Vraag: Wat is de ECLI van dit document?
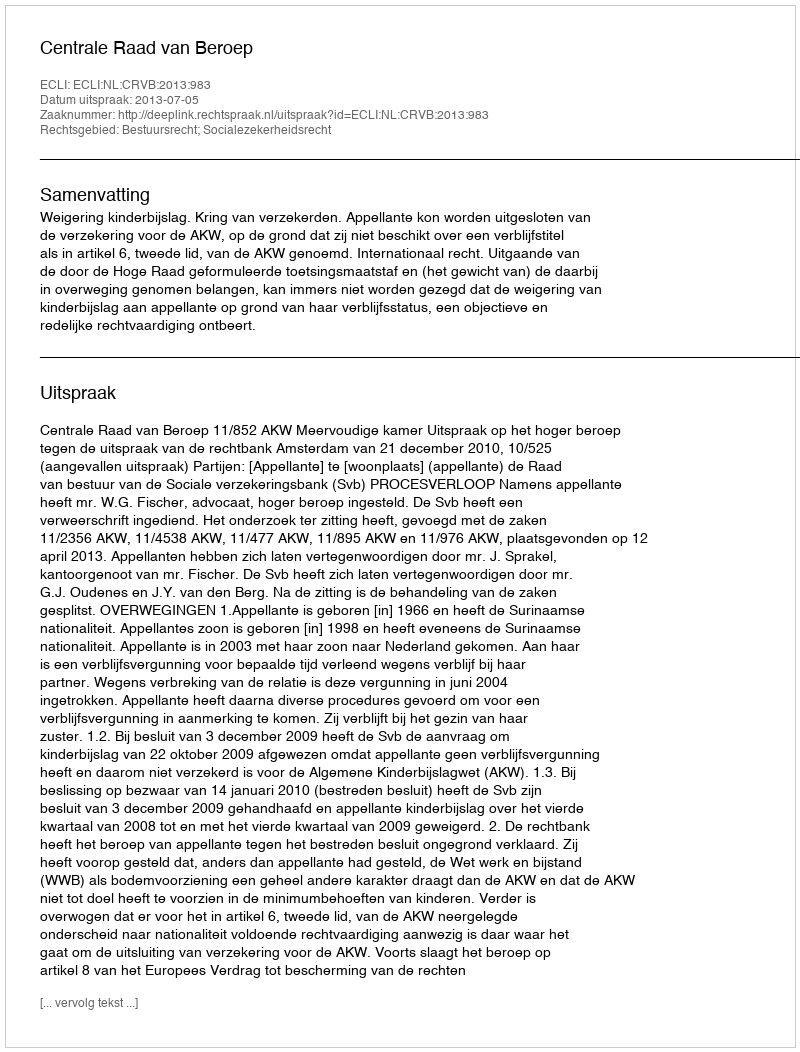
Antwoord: ECLI:NL:CRVB:2013:983